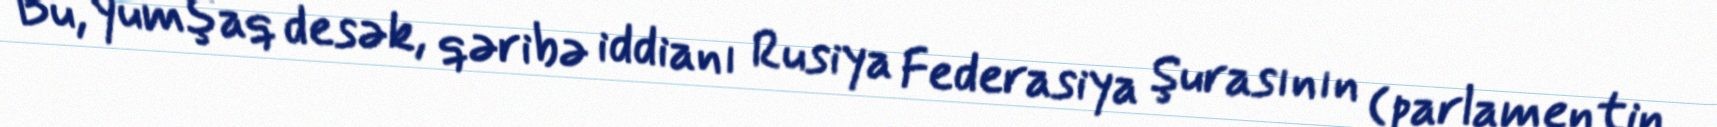
Bu, yumşaq desək, qəribə iddianı Rusiya Federasiya Şurasının (parlamentin